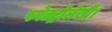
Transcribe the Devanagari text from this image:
स्पेक्ट्रोलेखी।